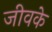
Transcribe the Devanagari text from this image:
जीवके